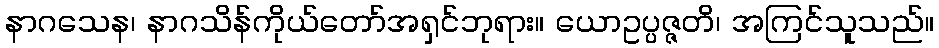
နာဂသေန၊ နာဂသိန်ကိုယ်တော်အရှင်ဘုရား။ ယောဥပ္ပဇ္ဇတိ၊ အကြင်သူသည်။